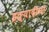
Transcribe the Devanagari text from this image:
इत्‍यादींना